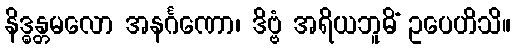
နိဒ္ဓန္တမလော အနင်္ဂဏော၊ ဒိဗ္ဗံ အရိယဘူမိံ ဥပေဟိသိ။